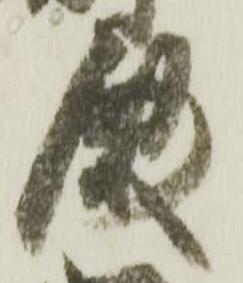
殿